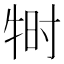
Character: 𬌠